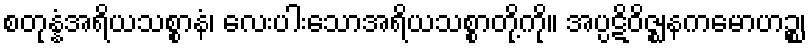
စတုန္နံအရိယသစ္စာနံ၊ လေးပါးသောအရိယသစ္စာတို့ကို။ အပ္ပဋိဝိဇ္ဈနကမောဟဉ္စ၊